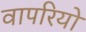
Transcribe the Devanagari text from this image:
वापरियो